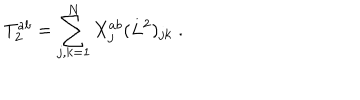
T _ { 2 } ^ { a b } = \sum _ { j , k = 1 } ^ { N } X _ { j } ^ { a b } ( L ^ { 2 } ) _ { j k } \; .